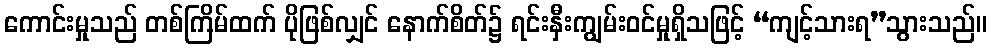
ကောင်းမှုသည် တစ်ကြိမ်ထက် ပိုဖြစ်လျှင် နောက်စိတ်၌ ရင်းနှီးကျွမ်းဝင်မှုရှိသဖြင့် “ကျင့်သားရ”သွားသည်။